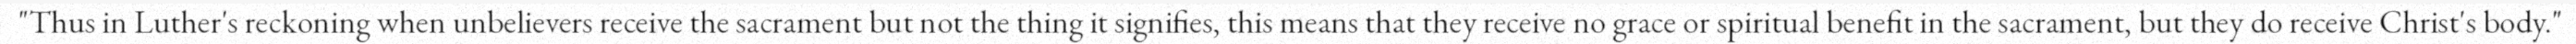
"Thus in Luther's reckoning when unbelievers receive the sacrament but not the thing it signifies, this means that they receive no grace or spiritual benefit in the sacrament, but they do receive Christ's body."